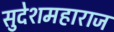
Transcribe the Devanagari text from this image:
सुदेशमहाराज